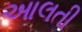
આલતી